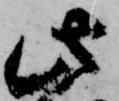
此